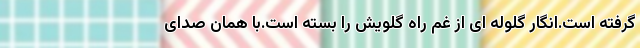
گرفته است.انگار گلوله ای از غم راه گلویش را بسته است.با همان صدای